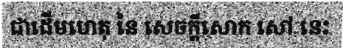
ជាដើមហេតុ នៃ សេចក្តីសោក សៅ នេះ